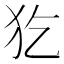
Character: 犵